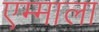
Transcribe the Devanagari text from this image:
एम्माला